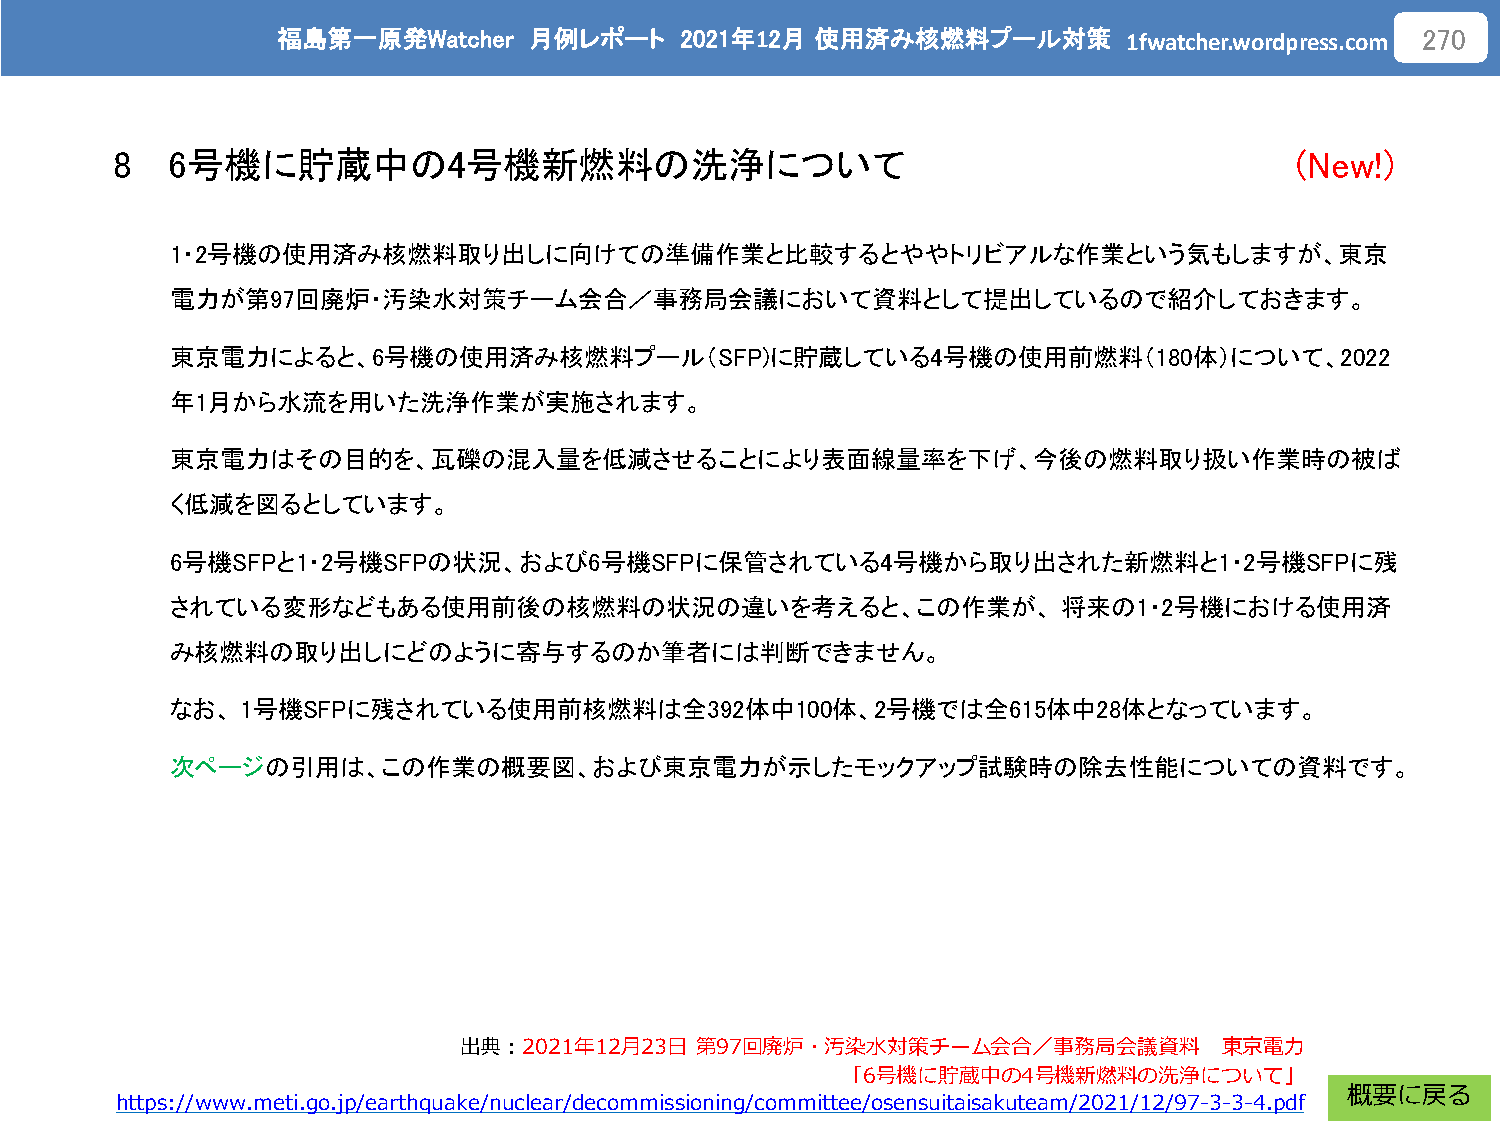
福島第一原発Watcher    月例レポート    2021年12月 使用済み核燃料プール対策
 1fwatcher.wordpress.com
 270
 8   6号機に貯蔵中の4号機新燃料の洗浄について                                                      (New!)
 1・2号機の使用済み核燃料取り出しに向けての準備作業と比較するとややトリビアルな作業という気もしますが、東京
 電力が第97回廃炉・汚染水対策チーム会合／事務局会議において資料として提出しているので紹介しておきます。
 東京電力によると、6号機の使用済み核燃料プール（SFP)に貯蔵している4号機の使用前燃料（180体）について、2022
 年1月から水流を用いた洗浄作業が実施されます。
 東京電力はその目的を、瓦礫の混入量を低減させることにより表面線量率を下げ、今後の燃料取り扱い作業時の被ば
 く低減を図るとしています。
 6号機SFPと1・2号機SFPの状況、および6号機SFPに保管されている4号機から取り出された新燃料と1・2号機SFPに残
 されている変形などもある使用前後の核燃料の状況の違いを考えると、この作業が、                     将来の1・2号機における使用済
 み核燃料の取り出しにどのように寄与するのか筆者には判断できません。
 なお、  1号機SFPに残されている使用前核燃料は全392体中100体、2号機では全615体中28体となっています。
 次ページの引用は、この作業の概要図、および東京電力が示したモックアップ試験時の除去性能についての資料です。
 出典：2021年12月23日  第97回廃炉・汚染水対策チーム会合／事務局会議資料          東京電力
 「6号機に貯蔵中の4号機新燃料の洗浄について」
 概要に戻る
 https://www.meti.go.jp/earthquake/nuclear/decommissioning/committee/osensuitaisakuteam/2021/12/97-3-3-4.pdf